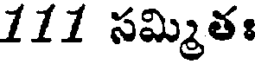
111 సమ్మితః